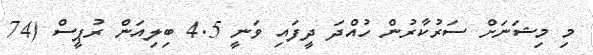
މި މިޝަނަށް ސަރުކާރުން ހުއްދަ ދީފައި ވަނީ 4.5 ބިލިއަން ރުޕީސް (74